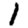
Digit: 1